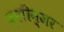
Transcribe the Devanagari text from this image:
क्लीन्जर